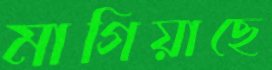
মাগিয়াছে